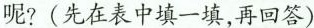
呢?(先在表中填一填，再回答)